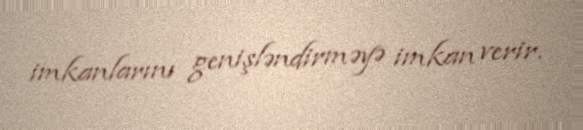
imkanlarını genişləndirməyə imkan verir.